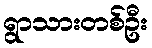
ရွာသားတစ်ဦး